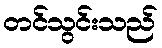
တင်သွင်းသည်